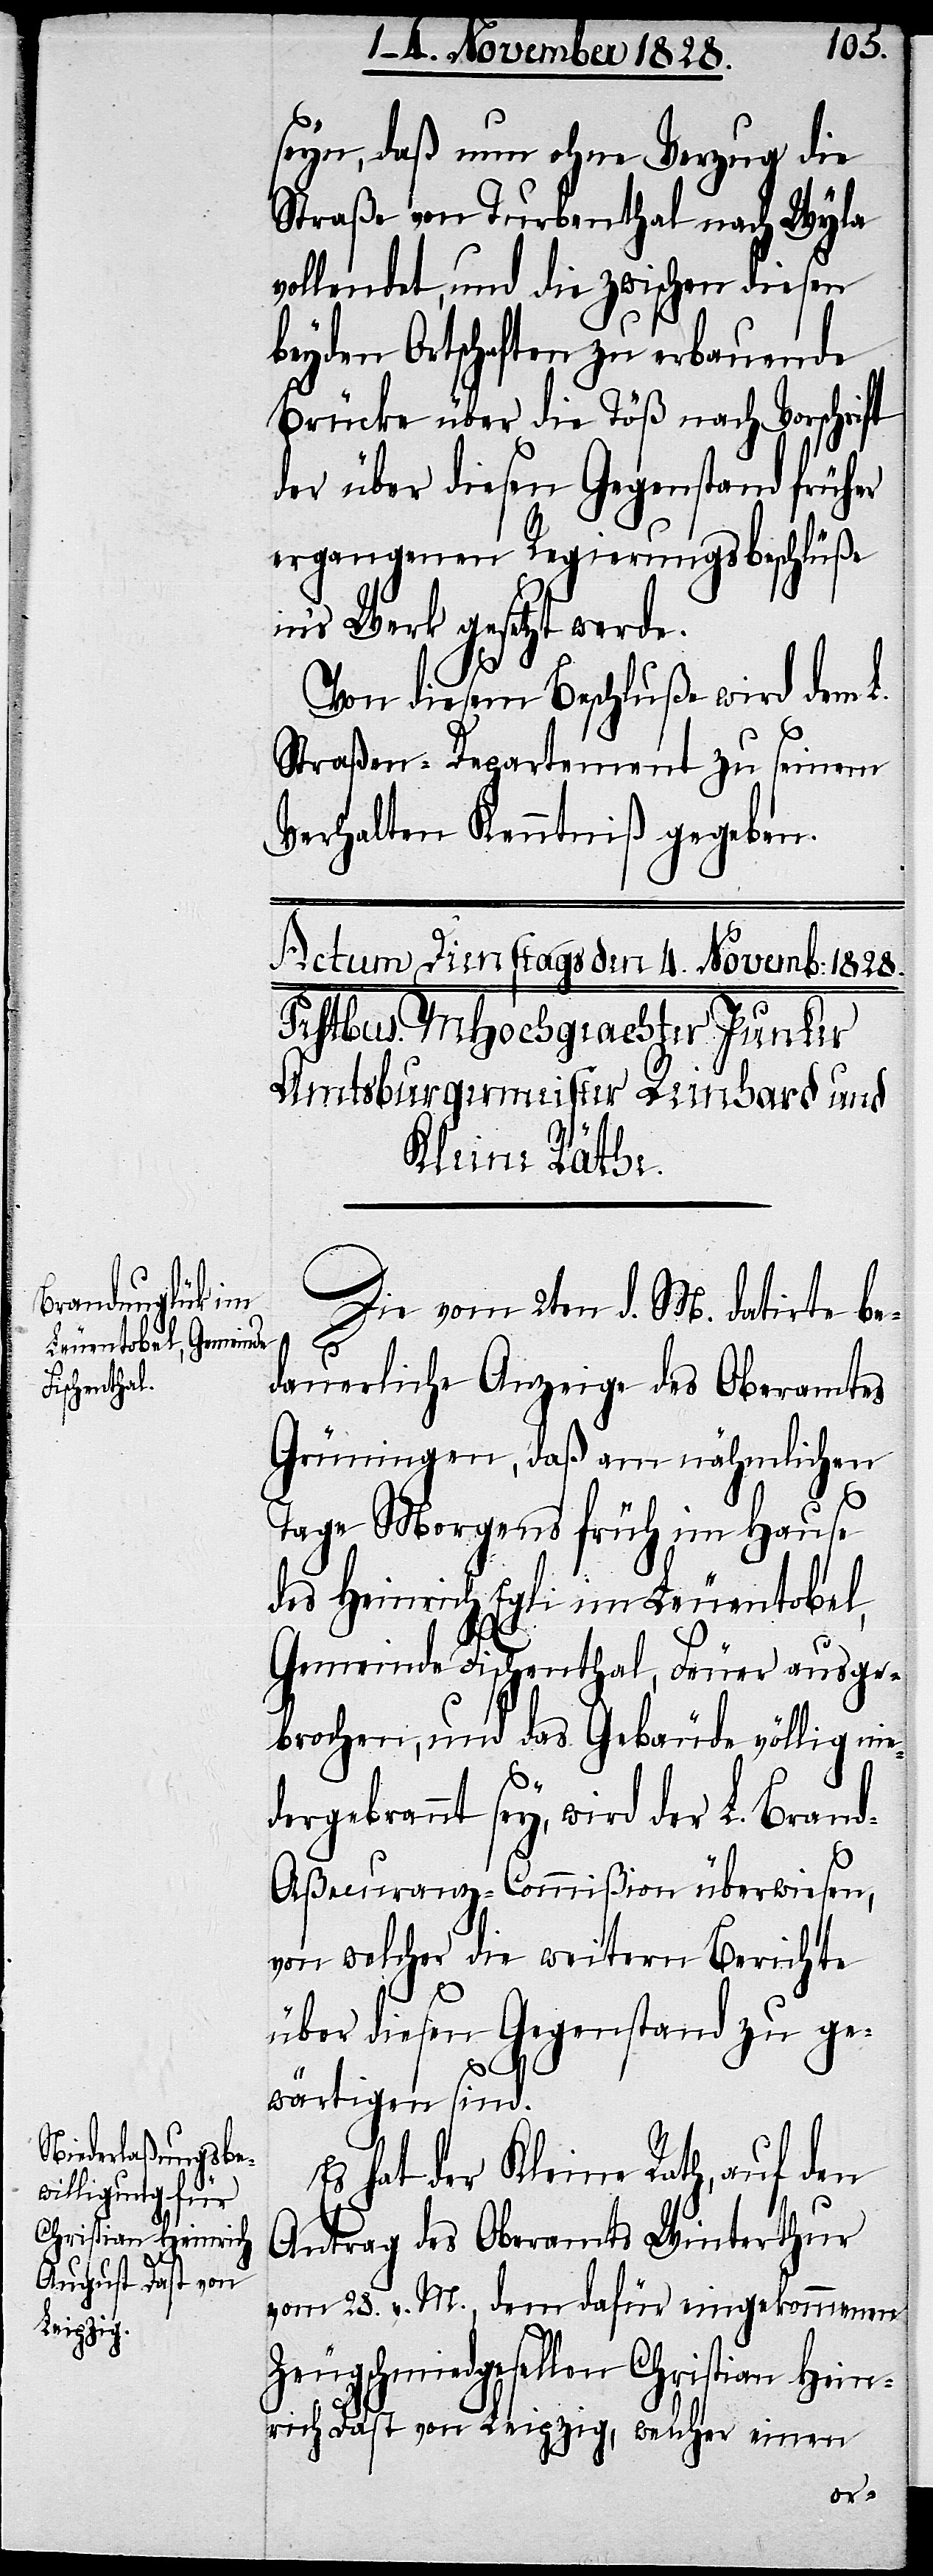
seyn, daß nun ohne Verzug die
Straße von Turbenthal nach Wyla
vollendet, und die zwischen diesen
beyden Ortschaften zu erbauende
Brücke über die Töß nach Vorschrift
der über diesen Gegenstand früher
ergangenen Regierungsbeschlüße
ins Werk gesetzt werde.
Von diesem Beschluße wird dem L.
Straßen-Departement zu seinem
Verhalten Kenntniß gegeben.
Die vom 2ten d. M. datirte be¬
dauerliche Anzeige des Oberamtes
Grüningen, daß am nähmlichen
Tage Morgens früh im Hause
des Heinrich Egli im Leuentobel,
Gemeinde Fischenthal, Feuer ausge¬
brochen, und das Gebäude völlig nie¬
gebrannt sey, wird der L. Bran¬
d-Aßecuranz-Commißion überwiesen,
von welcher die weitern Berichte
über diesen Gegenstand zu ge¬
wärtigen sind.
Es hat der Kleine Rath, auf den
Antrag des Oberamts Winterthur
vom 28. v. M., dem dafür eingekommenen
Zeugschmiedgesellen Christian Hein¬
rich Dast von Leipzig, welcher einen
der¬